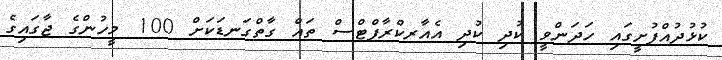
ކުޅުދުއްފުށީގައި ހަދަންވީ ކުދި ކުދި އެއާރކްރާފްޓްސް ތައް ގާތްގަނޑަކަށް 100 މީހުންގެ ޖާގައިގެ